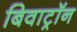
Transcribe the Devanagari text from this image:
बिवाट्रॉन